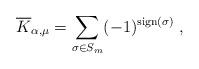
LaTeX: \begin{align*}\overline{K}_{\alpha,\mu}= \sum_{\sigma\in S_m}(-1)^{{\rm sign}(\sigma)} \;,\end{align*}